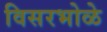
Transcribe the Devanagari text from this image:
विसरभोळे